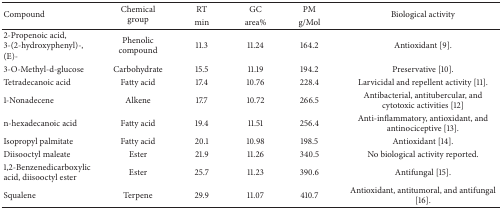
| <ROWSPAN=2> Compound | <ROWSPAN=2> Chemical group | RT | GC | PM | <ROWSPAN=2> Biological activity |
 | min | area% | g/Mol |
 | --- | --- | --- | --- | --- | --- |
 | 2-Propenoic acid, 3-(2-hydroxyphenyl)-, (E)- | Phenolic compound | 11.3 | 11.24 | 164.2 | Antioxidant [9]. |
 | 3-O-Methyl-d-glucose | Carbohydrate | 15.5 | 11.19 | 194.2 | Preservative [10]. |
 | Tetradecanoic acid | Fatty acid | 17.4 | 10.76 | 228.4 | Larvicidal and repellent activity [11]. |
 | 1-Nonadecene | Alkene | 17.7 | 10.72 | 266.5 | Antibacterial, antitubercular, and cytotoxic activities [12] |
 | n-hexadecanoic acid | Fatty acid | 19.4 | 11.51 | 256.4 | Anti-inflammatory, antioxidant, and antinociceptive [13]. |
 | Isopropyl palmitate | Fatty acid | 20.1 | 10.98 | 198.5 | Antioxidant [14]. |
 | Diisooctyl maleate | Ester | 21.9 | 11.26 | 340.5 | No biological activity reported. |
 | 1,2-Benzenedicarboxylic acid, diisooctyl ester | Ester | 25.7 | 11.23 | 390.6 | Antifungal [15]. |
 | Squalene | Terpene | 29.9 | 11.07 | 410.7 | Antioxidant, antitumoral, and antifungal [16]. |